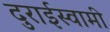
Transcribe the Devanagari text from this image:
दुराईस्वामी